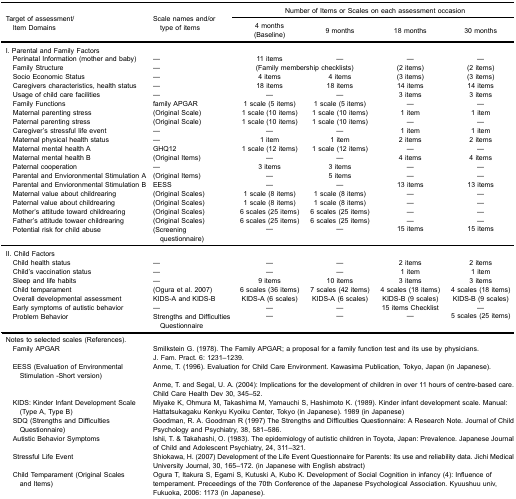
<table><thead><tr><td rowspan="3"><b>Target of assessment/​ Item Domains</b></td><td rowspan="3"><b>Scale names and/or ​ type of items</b></td><td colspan="4"><b>Number of Items or Scales on each assessment occasion</b></td></tr><tr><td><b>4 months(Baseline)</b></td><td><b>9 months</b></td><td><b>18 months</b></td><td><b>30 months</b></td></tr></thead><tbody><tr><td>I. Parental and Family Factors</td><td> </td><td> </td><td> </td><td> </td><td> </td></tr><tr><td> Perinatal Information (mother and baby)</td><td>—</td><td>11 items</td><td>—</td><td>—</td><td>—</td></tr><tr><td> Family Structure</td><td>—</td><td colspan="2">(Family membership checklists)</td><td>(2 items)</td><td>(2 items)</td></tr><tr><td> Socio Economic Status</td><td>—</td><td>4 items</td><td>4 items</td><td>(3 items)</td><td>(3 items)</td></tr><tr><td> Caregivers characteristics, health status</td><td>—</td><td>18 items</td><td>18 items</td><td>14 items</td><td>14 items</td></tr><tr><td> Usage of child care facilities</td><td>—</td><td>—</td><td>—</td><td>3 items</td><td>3 items</td></tr><tr><td> Family Functions</td><td>family APGAR</td><td>1 scale (5 items)</td><td>1 scale (5 items)</td><td>—</td><td>—</td></tr><tr><td> Maternal parenting stress</td><td>(Original Scale)</td><td>1 scale (10 items)</td><td>1 scale (10 items)</td><td>1 item</td><td>1 item</td></tr><tr><td> Paternal parenting stress</td><td>(Original Scale)</td><td>1 scale (10 items)</td><td>1 scale (10 items)</td><td>—</td><td>—</td></tr><tr><td> Caregiver&#x27;s stressful life event</td><td>—</td><td>—</td><td>—</td><td>1 item</td><td>1 item</td></tr><tr><td> Maternal physical health status</td><td>—</td><td>1 item</td><td>1 item</td><td>2 items</td><td>2 items</td></tr><tr><td> Maternal mental health A</td><td>GHQ12</td><td>1 scale (12 items)</td><td>1 scale (12 items)</td><td>—</td><td>—</td></tr><tr><td> Maternal mental health B</td><td>(Original Items)</td><td>—</td><td>—</td><td>4 items</td><td>4 items</td></tr><tr><td> Paternal cooperation</td><td>—</td><td>3 items</td><td>3 items</td><td>—</td><td>—</td></tr><tr><td> Parental and Envioronmental Stimulation A</td><td>(Original Items)</td><td>—</td><td>5 items</td><td>—</td><td>—</td></tr><tr><td> Parental and Envioronmental Stimulation B</td><td>EESS</td><td>—</td><td>—</td><td>13 items</td><td>13 items</td></tr><tr><td> Maternal value about childrearing</td><td>(Original Scales)</td><td>1 scale (8 items)</td><td>1 scale (8 items)</td><td>—</td><td>—</td></tr><tr><td> Paternal value about childrearing</td><td>(Original Scales)</td><td>1 scale (8 items)</td><td>1 scale (8 items)</td><td>—</td><td>—</td></tr><tr><td> Mother&#x27;s attitude toward childrearing</td><td>(Original Scales)</td><td>6 scales (25 items)</td><td>6 scales (25 items)</td><td>—</td><td>—</td></tr><tr><td> Father&#x27;s attitude towaer childrearing</td><td>(Original Scales)</td><td>6 scales (25 items)</td><td>6 scales (25 items)</td><td>—</td><td>—</td></tr><tr><td> Potential risk for child abuse</td><td>(Screening ​ questionnaire)</td><td>—</td><td>—</td><td>15 items</td><td>15 items</td></tr><tr><td>II. Child Factors</td><td> </td><td> </td><td> </td><td> </td><td> </td></tr><tr><td> Child health status</td><td>—</td><td>—</td><td>—</td><td>2 items</td><td>2 items</td></tr><tr><td> Child&#x27;s vaccination status</td><td>—</td><td>—</td><td>—</td><td>1 item</td><td>1 item</td></tr><tr><td> Sleep and life habits</td><td>—</td><td>9 items</td><td>10 items</td><td>3 items</td><td>3 items</td></tr><tr><td> Child temparament</td><td>(Ogura et al. 2007)</td><td>6 scales (36 items)</td><td>7 scales (42 items)</td><td>4 scales (18 items)</td><td>4 scales (18 items)</td></tr><tr><td> Overall developmental assessment</td><td>KIDS-A and KIDS-B</td><td>KIDS-A (6 scales)</td><td>KIDS-A (6 scales)</td><td>KIDS-B (9 scales)</td><td>KIDS-B (9 scales)</td></tr><tr><td> Early symptoms of autistic behavior</td><td>—</td><td>—</td><td>—</td><td>15 items Checklist</td><td>—</td></tr><tr><td> Problem Behavior</td><td>Strengths and Difficulties ​ Questionnaire</td><td>—</td><td>—</td><td>—</td><td>5 scales (25 items)</td></tr><tr><td>Notes to selected scales (References).</td><td> </td><td> </td><td> </td><td> </td><td> </td></tr><tr><td> Family APGAR</td><td colspan="5">Smilkstein G. (1978). The Family APGAR; a proposal for a family function test and its use by physicians.</td></tr><tr><td> </td><td colspan="5">J. Fam. Pract. 6: 1231–1239.</td></tr><tr><td> EESS (Evaluation of Environmental ​Stimulation -Short version)</td><td colspan="5">Anme, T. (1996). Evaluation for Child Care Environment. Kawasima Publication, Tokyo, Japan (in Japanese).</td></tr><tr><td> </td><td colspan="5">Anme, T. and Segal, U. A. (2004): Implications for the development of children in over 11 hours of centre-based care. Child Care Health Dev 30, 345–52.</td></tr><tr><td> KIDS: Kinder Infant Development Scale ​(Type A, Type B)</td><td colspan="5">Miyake K, Ohmura M, Takashima M, Yamauchi S, Hashimoto K. (1989). Kinder infant development scale. Manual: Hattatsukagaku Kenkyu Kyoiku Center, Tokyo (in Japanese). 1989 (in Japanese)</td></tr><tr><td> SDQ (Strengths and Difficulties ​Questionnaire)</td><td colspan="5">Goodman, R. A. Goodman R (1997) The Strengths and Difficulties Questionnaire: A Research Note. Journal of Child Psychology and Psychiatry, 38, 581–586.</td></tr><tr><td> Autistic Behavior Symptoms</td><td colspan="5">lshii, T. &amp; Takahashi, O. (1983). The epidemiology of autistic children in Toyota, Japan: Prevalence. Japanese Journal of Child and Adolescent Psychiatry, 24, 311–321.</td></tr><tr><td> Stressful Life Event</td><td colspan="5">Shiokawa, H. (2007) Development of the Life Event Questionnaire for Parents: Its use and reliability data. Jichi Medical University Journal, 30, 165–172. (in Japanese with English abstract)</td></tr><tr><td> Child Temparament (Original Scales ​and Items)</td><td colspan="5">Ogura T, Itakura S, Egami S, Kutuski A, Kubo K. Development of Social Cognition in infancy (4): Influence of temperament. Preceedings of the 70th Conference of the Japanese Psychological Association. Kyuushuu univ, Fukuoka, 2006: 1173 (in Japanese).</td></tr></tbody></table>